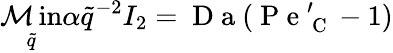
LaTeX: \operatorname*{\mathcal{M}in}_{\tilde{{q}}}{\alpha\tilde{{q}}^{-2}I_{2}}=\mathrm{{~D~a~}}(\mathrm{{~P~e~}}_{\mathrm{{~C~}}}^{\prime}-1)